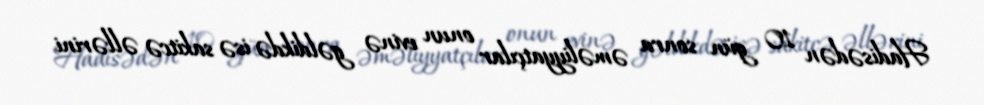
Hadisədən 10 gün sonra əməliyyatçılar onun evinə gəldikdə isə sakitcə əllərini